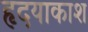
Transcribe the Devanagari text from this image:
हृदयाकाश